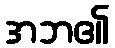
အဘ၏